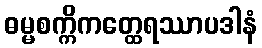
ဓမ္မစက္ကိကတ္ထေရဿာပဒါနံ